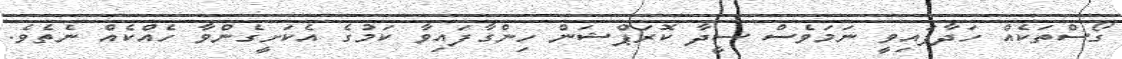
ގޯސްތަކެއް ހަދާފައިވީ ނަމަވެސް ސީދާ ކޮރަޕްޝަން ހިންގާފައިވާ ކަމުގެ އެކަށީގެންވާ ހެއްކެއް ނެތެވެ.